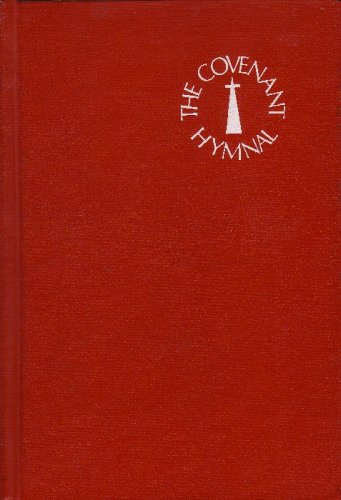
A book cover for The Covenant Hymnal; Christian Books & Bibles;